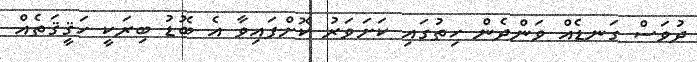
ދުވަސް ގަނޑެއް ވަންދެން ހިތުގައި ކަށަވަރު ކޮށްފައިވާ އެ ބޮޑު ބިރަކީ ހަޤީޤަތެއް